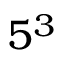
5 ^ { 3 }